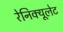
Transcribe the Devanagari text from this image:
रेनिक्यूलेट